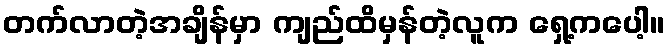
တက်လာတဲ့အချိန်မှာ ကျည်ထိမှန်တဲ့လူက ရှေ့ကပေါ့။